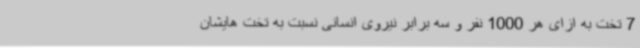
7 تخت به ازای هر 1000 نفر و سه برابر نیروی انسانی نسبت به تخت هایشان